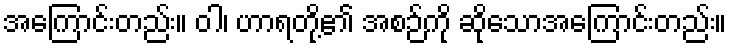
အကြောင်းတည်း။ ဝါ၊ ဟာရတို့၏ အစဉ်ကို ဆိုသောအကြောင်းတည်း။